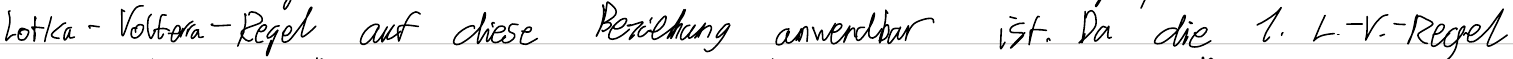
Lotka-Volterra-Regel auf diese Beziehung anwendbar ist. Da die 1. L.-V.-Regel